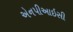
એનપીઆઇસી